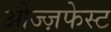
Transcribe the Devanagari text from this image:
ओज्ज़फेस्ट